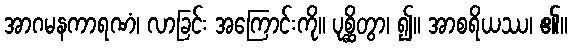
အာဂမနကာရဏံ၊ လာခြင်း အကြောင်းကို။ ပုစ္ဆိတွာ၊ ၍။ အာစရိယဿ၊ ၏။